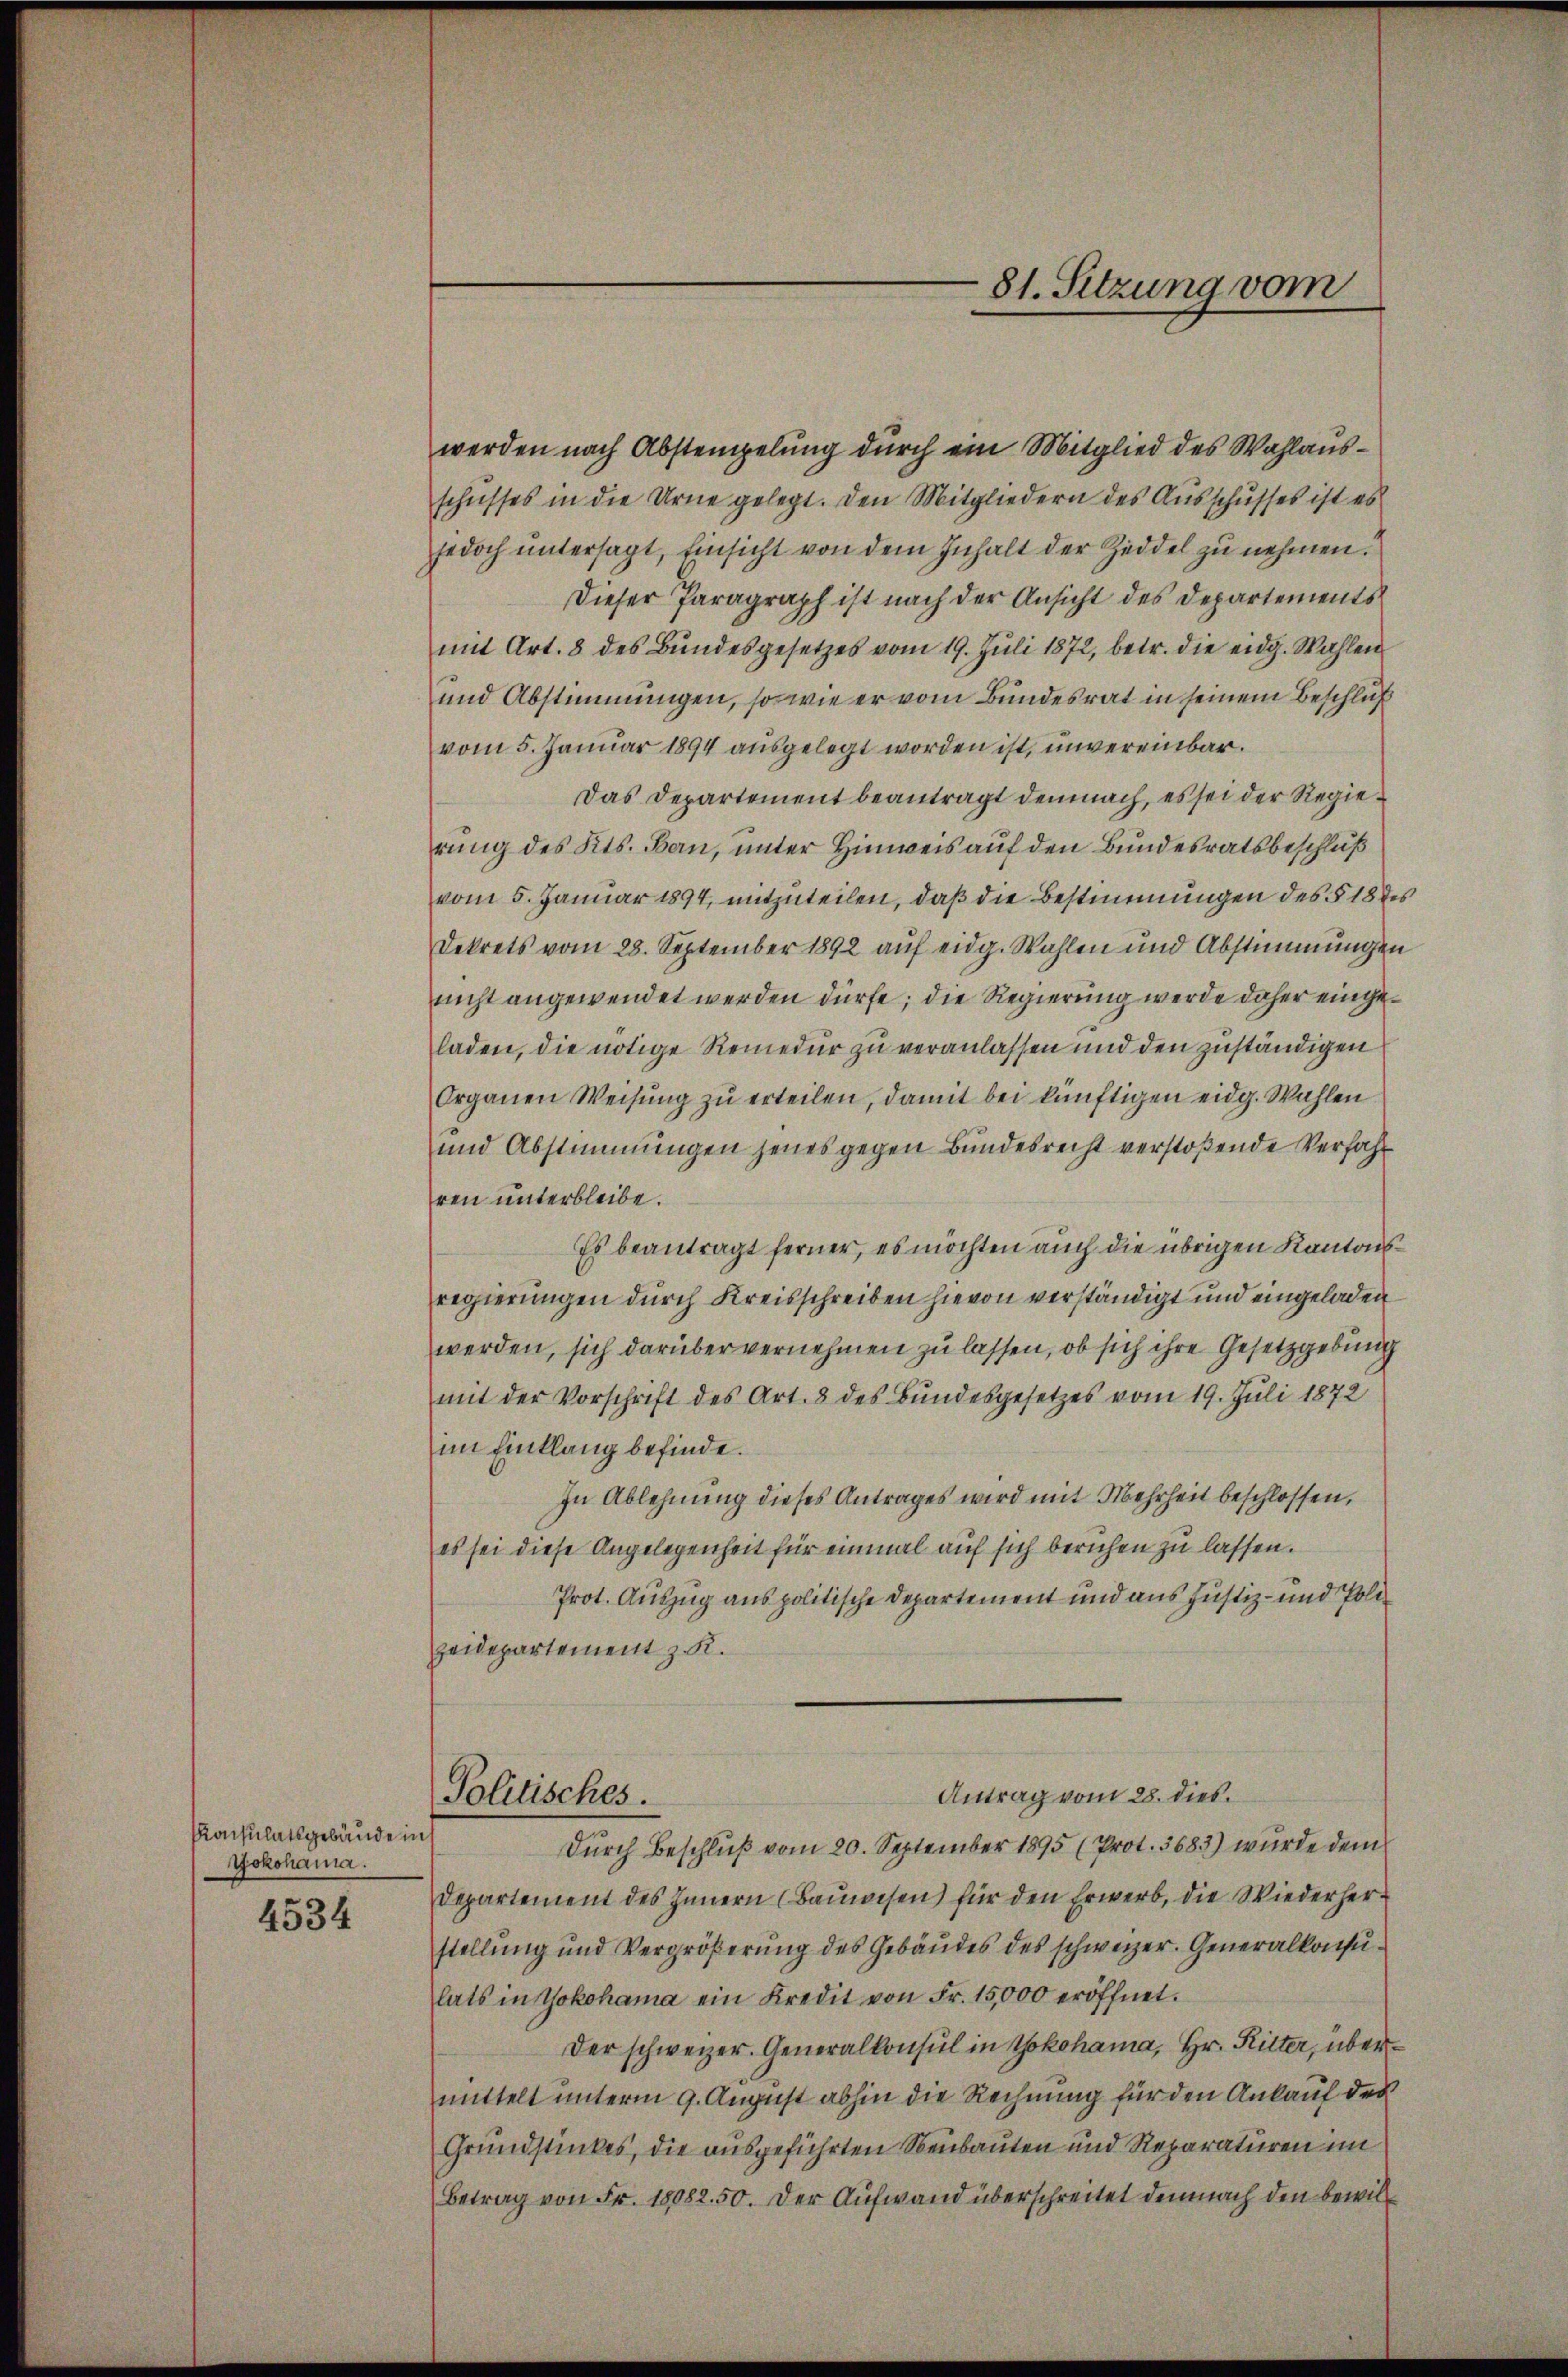
Konsulatsgebäude ins
Jokohama.

4534

werden nach Abstempelung durch ein Mitglied des Wahl ausschusses in die Urne gelegt. Den Mitgliedern des Ausschusses ist es
jedoch untersagt, Einsicht von dem Inhalt der Zeddel zu nehmen.
Dieser Paragraph ist nach der Ansicht des Departements
mit Art. 8 des Bŭndesgesetzes vom 19. Jŭli 1872, betr. die eidg. Wahlen
und Abstimmungen, so wie er vom Bundesrat in seinem Beschluß
vom 5. Januar 1894 ausgelegt worden ist, unvereinbar.
Das Departement beantragt demnach, es sei der Regierung des Kts. Bau, unter Hinweis auf den Bundesratsbeschluß
vom 5. Januar 1894, mitzuteilen, daß die Bestimmungen des § 18 des
Dekrets vom 28. September 1892 auf eidg. Wahlen und Abstimmungen
nicht angewendet werden dürfe; die Regierung werde daher eingeladen, die nötige Remedur zu veranlassen und den zuständigen
Organen Weisŭng zŭ erteilen, damit bei künftigen eidg. Wahlen
und Abstimmungen jenes gegen Bundesrecht verstoßende Verfahren unterbleibe.
Es beantragt ferner, es möchten auch die übrigen Kantonsregierungen durch Kreisschreiben hievon verständigt und eingeladen
werden, sich darüber vernehmen zu lassen, ob sich ihre Gesetzgebung
mit der Vorschrift des Art. 8 des Bundesgesetzes vom 19. Juli 1872
im Einklang befinde.
In Ablehnung dieses Antrages wird mit Mehrheit beschlossen,
es sei diese Angelegenheit für einmal auf sich beruhen zu lassen.
Prot. Auszug aus politische Departement und aus Justiz- und Poli¬
Zeidepartement z. R.
Antrag vom 28. dies
Politisches.
Dŭrch Beschlŭβ vom 20. September 1895 (Prot. 3683) wurde dem
Departement des Innern (Baŭwesen) für den Erwerb, die Wiederherstellung und Vergrößerung des Gebäudes des schweizer. Generalkonsulats in Yokohama ein Kredit von Fr. 15,000 eröffnet.
Der schweizer. Generalkonsul in Yokohama, Hr. Ritter, übermittelt unterm 9. August abhin die Rechnung für den Ankauf des
Grundstückes, die ausgeführten Neubauten und Reparaturen im
Betrag von Fr. 18082. 50. Der Aufwand überschreitet demnach den bewil¬

81. Sitzung vom